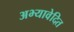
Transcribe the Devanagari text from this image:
अभ्यावेदित